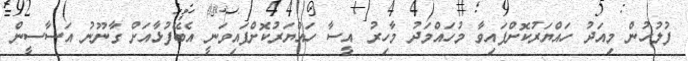
ފުލުހުން މިއަދު ހައްޔަރުކޮށްފައިވާ މުހައްމަދު މާހިރު އީސާ ހައްޔަރުކޮށްފައިވަނީ އެބޭފުޅާއަށް ގާނޫނު އަސާސީން